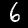
Digit: 6